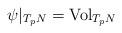
LaTeX: \begin{align*}\psi|_{T_p N} = \hbox {Vol}_{T_p N}\end{align*}